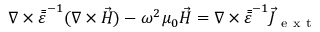
\nabla \times \bar { \bar { \varepsilon } } ^ { - 1 } ( \nabla \times \vec { H } ) - \omega ^ { 2 } \mu _ { 0 } \vec { H } = \nabla \times \bar { \bar { \varepsilon } } ^ { - 1 } \vec { J } _ { \mathrm { ~ e ~ x ~ t ~ } }